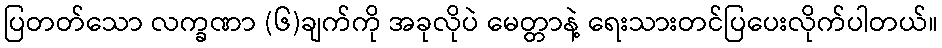
ပြတတ်သော လက္ခဏာ (၆)ချက်ကို အခုလိုပဲ မေတ္တာနဲ့ ရေးသားတင်ပြပေးလိုက်ပါတယ်။